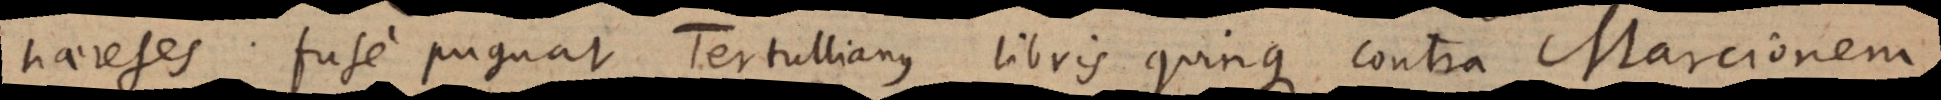
haereses fuse pugnat Tertullianus libris quinque contra Marcionem,